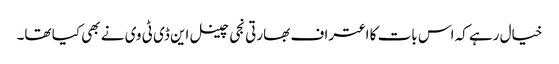
خیال رہے کہ اس بات کا اعتراف بھارتی نجی چینل این ڈی ٹی وی نے بھی کیا تھا۔